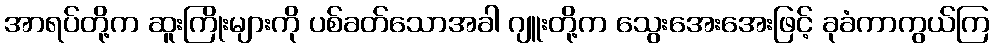
အာရပ်တို့က ဆူးကြိုးများကို ပစ်ခတ်သောအခါ ဂျူးတို့က သွေးအေးအေးဖြင့် ခုခံကာကွယ်ကြ